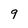
Character: 9